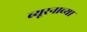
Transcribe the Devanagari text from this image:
ब्यूरनाच्या